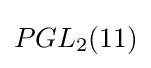
PGL_{2}(11)